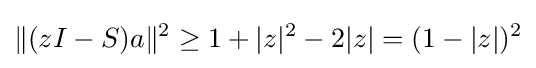
\|(zI-S)a\|^{2}\geq 1+|z|^{2}-2|z|=(1-|z|)^{2}